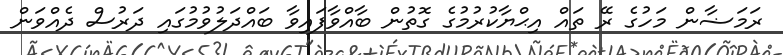
ރަމަޟާން މަހުގެ ރޭ ތައް އިޙްޔާކުރުމުގެ ގޮތުން ބާއްވާފައިވާ ބައްދަލުވުމުގައި ދަރުސް ދެއްވަން